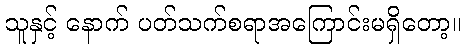
သူနှင့် နောက် ပတ်သက်စရာအကြောင်းမရှိတော့။